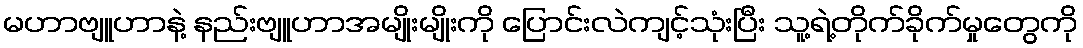
မဟာဗျူဟာနဲ့ နည်းဗျူဟာအမျိုးမျိုးကို ပြောင်းလဲကျင့်သုံးပြီး သူ့ရဲ့တိုက်ခိုက်မှုတွေကို